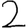
Digit: 2